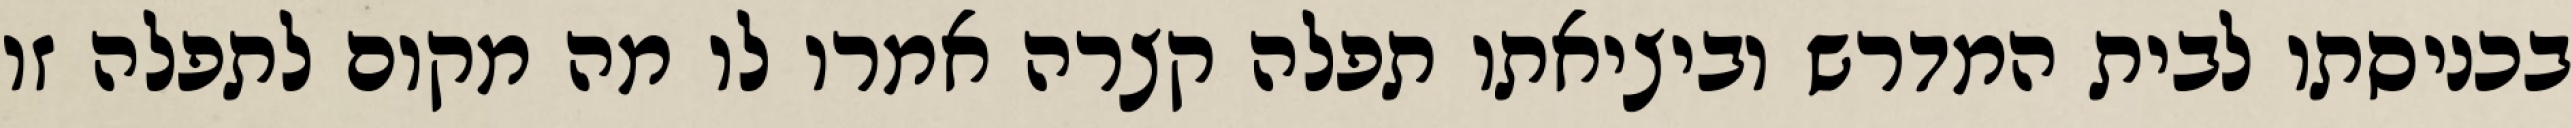
בכניסתו לבית המדרש וביציאתו תפלה קצרה אמרו לו מה מקום לתפלה זו